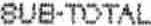
SUB-TOTAL